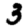
Digit: 3